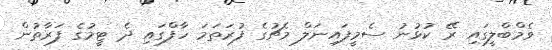
ވެމްބްލީގައި ރޭ ކުޅުނު ސެމީފައިނަލް މެޗުގެ ފުރަތަމަ ހާފްގައި ދެ ޓީމުގެ ފަރާތުން